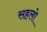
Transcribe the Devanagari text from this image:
सहलो